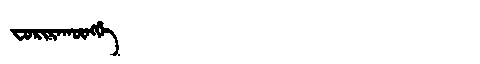
Manchu: ᠸᠣᡵᡳᡵᠠᡴᡡᠩᡤᡝ
Romanization: FORIRAKŪNGGE